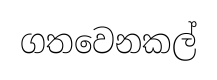
ගතවෙනකල්